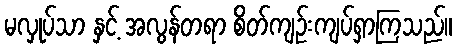
မလှုပ်သာ နှင့် အလွန်တရာ စိတ်ကျဉ်းကျပ်ရှာကြသည်။